Plague in India, 1896, 1897 - Volume 3
Year: 1896
Disease focus: Plague
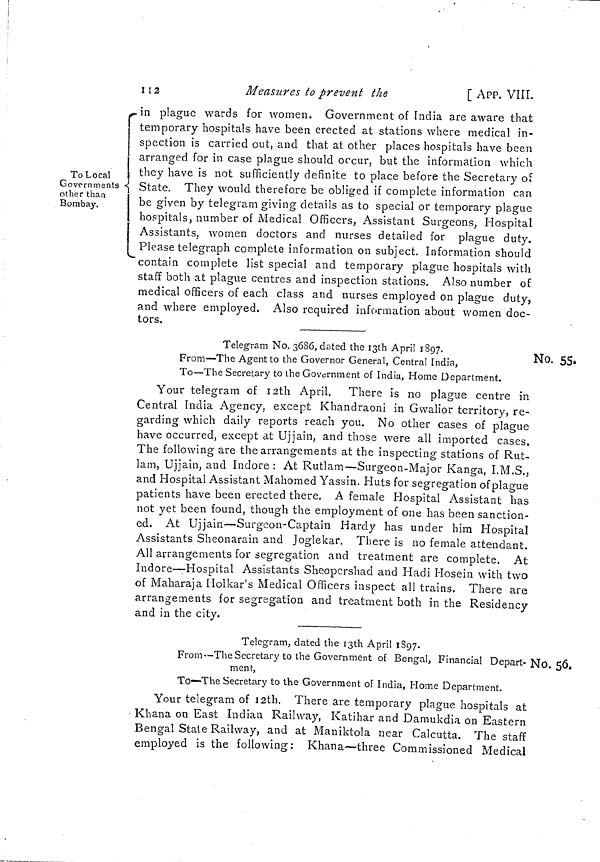
112
Measures to prevent
the
[ APP. VIII
To Local
Governments
other than
Bombay.
in
plague wards tor women. Government or India are aware that
temporary hospitals have been erected at stations where medical in-
spection is carried out, and that at other places hospitals have been
arranged for in case plague should occur, but the information which
they have is not sufficiently definite to place before the Secretary of
State. They would therefore be obliged if complete information cart
be given by telegram giving details as to special or temporary plague
hospitals, number of Medical Officers, Assistant Surgeons, Hospital
Assistants, women doctors and nurses detailed for plague duty.
Please telegraph complete information on subject. Information should
contain complete list special and temporary plague hospitals with
staff both at plague centres and inspection stations. Also number of
medical officers of each class and nurses employed on plague duty,
and where employed. Also required information about women doc-
tors.
No. 55,
Telegram No. 3686, dated the 13th April 1897.
From—The Agent to the Governor General, Central India,
To—The Secretary to the Government of India, Home Department.
Your telegram of 12th April. There is no plague centre in
Central India Agency, except Khandraoni in Gvvalior territory, re-
garding which daily reports reach you. No other cases of plague
have occurred, except at Ujjain, and those were all imported cases.
The following are the arrangements at the inspecting stations of Rut-
lam Ujjain, and Indore : At Rutlam—Surgeon-Major Kanga, I.M.S.,
and Hospital Assistant Mahomed Yassin. Huts for segregation of plague
patients have been erected there. A female Hospital Assistant has
not yet been found, though the employment of one has been sanction-
ed. At Ujjain—Surgeon-Captain Hardy has under him Hospital
Assistants Sheonarain and Joglekar. There is no female attendant.
All arrangements for segregation and treatment are complete. At
Indore—Hospital Assistants Sheopershad and Hadi Hosein with two
of Maharaja Holkar's Medical Officers inspect all trains. There are
arrangements for segregation and treatment both in the Residency
and in the city.
No. 56.
Telegram, dated the 13th April 1897.
From—The Secretary to the Government of Bengal, Financial Depart
ment,
To—The Secretary to the Government of India, Home Department.
Your telegram of 12th. There are temporary plague hospitals at
Khana on East Indian Railway, Katihar and Damukdia on Eastern
Bengal State Railway, and at Maniktola near Calcutta. The staff
employed is the following: Khana—three Commissioned Medical